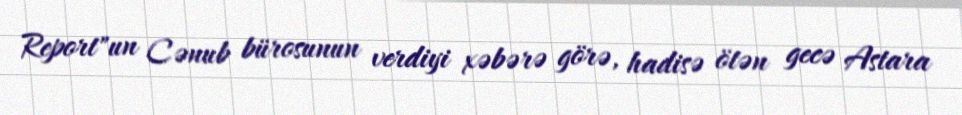
Report"un Cənub bürosunun verdiyi xəbərə görə, hadisə ötən gecə Astara